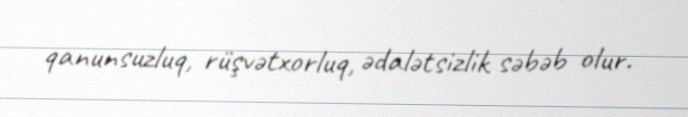
qanunsuzluq, rüşvətxorluq, ədalətsizlik səbəb olur.